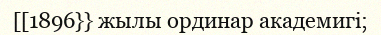
[[1896}} жылы ординар академигі;